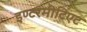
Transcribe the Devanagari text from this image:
इण्टरमीटिएट